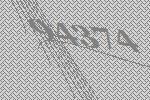
94374